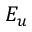
E _ { u }